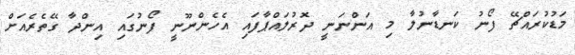
މަޑުކުރައްޗޭ ފޯނު ކަނޑާނުލާ މި އަންނަނީ ދޮރުލައްޕާފައި އެހެންނޫނީ ފޯނުގައި އިންދާ ގޭތެރެއަށް